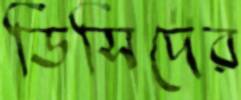
ডিসিদের